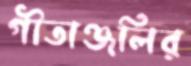
গীতাঞ্জলির